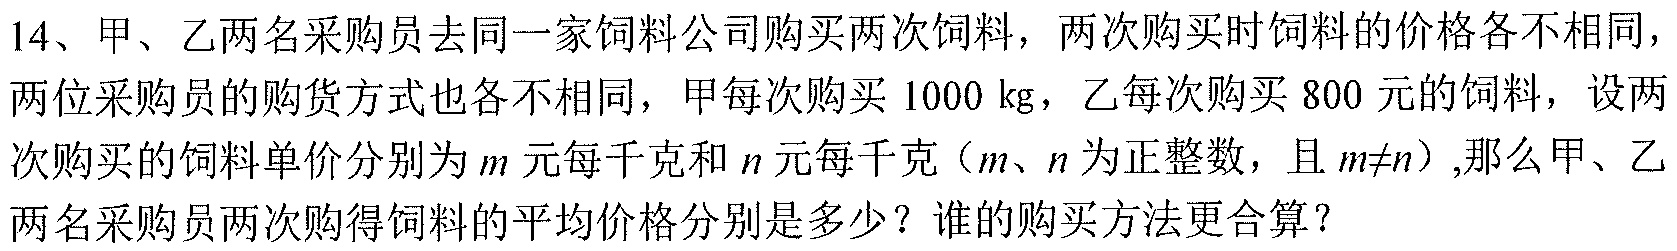
14、甲、乙两名采购员去同一家饲料公司购买两次饲料，两次购买时饲料的价格各不相同，两位采购员的购货方式也各不相同，甲每次购买 \(1000\ \text{kg}\)，乙每次购买 \(800\) 元的饲料，设两次购买的饲料单价分别为 \(m\) 元每千克和 \(n\) 元每千克（\(m、n\) 为正整数，且 \(m\neq n\)）,那么甲、乙两名采购员两次购得饲料的平均价格分别是多少？谁的购买方法更合算？